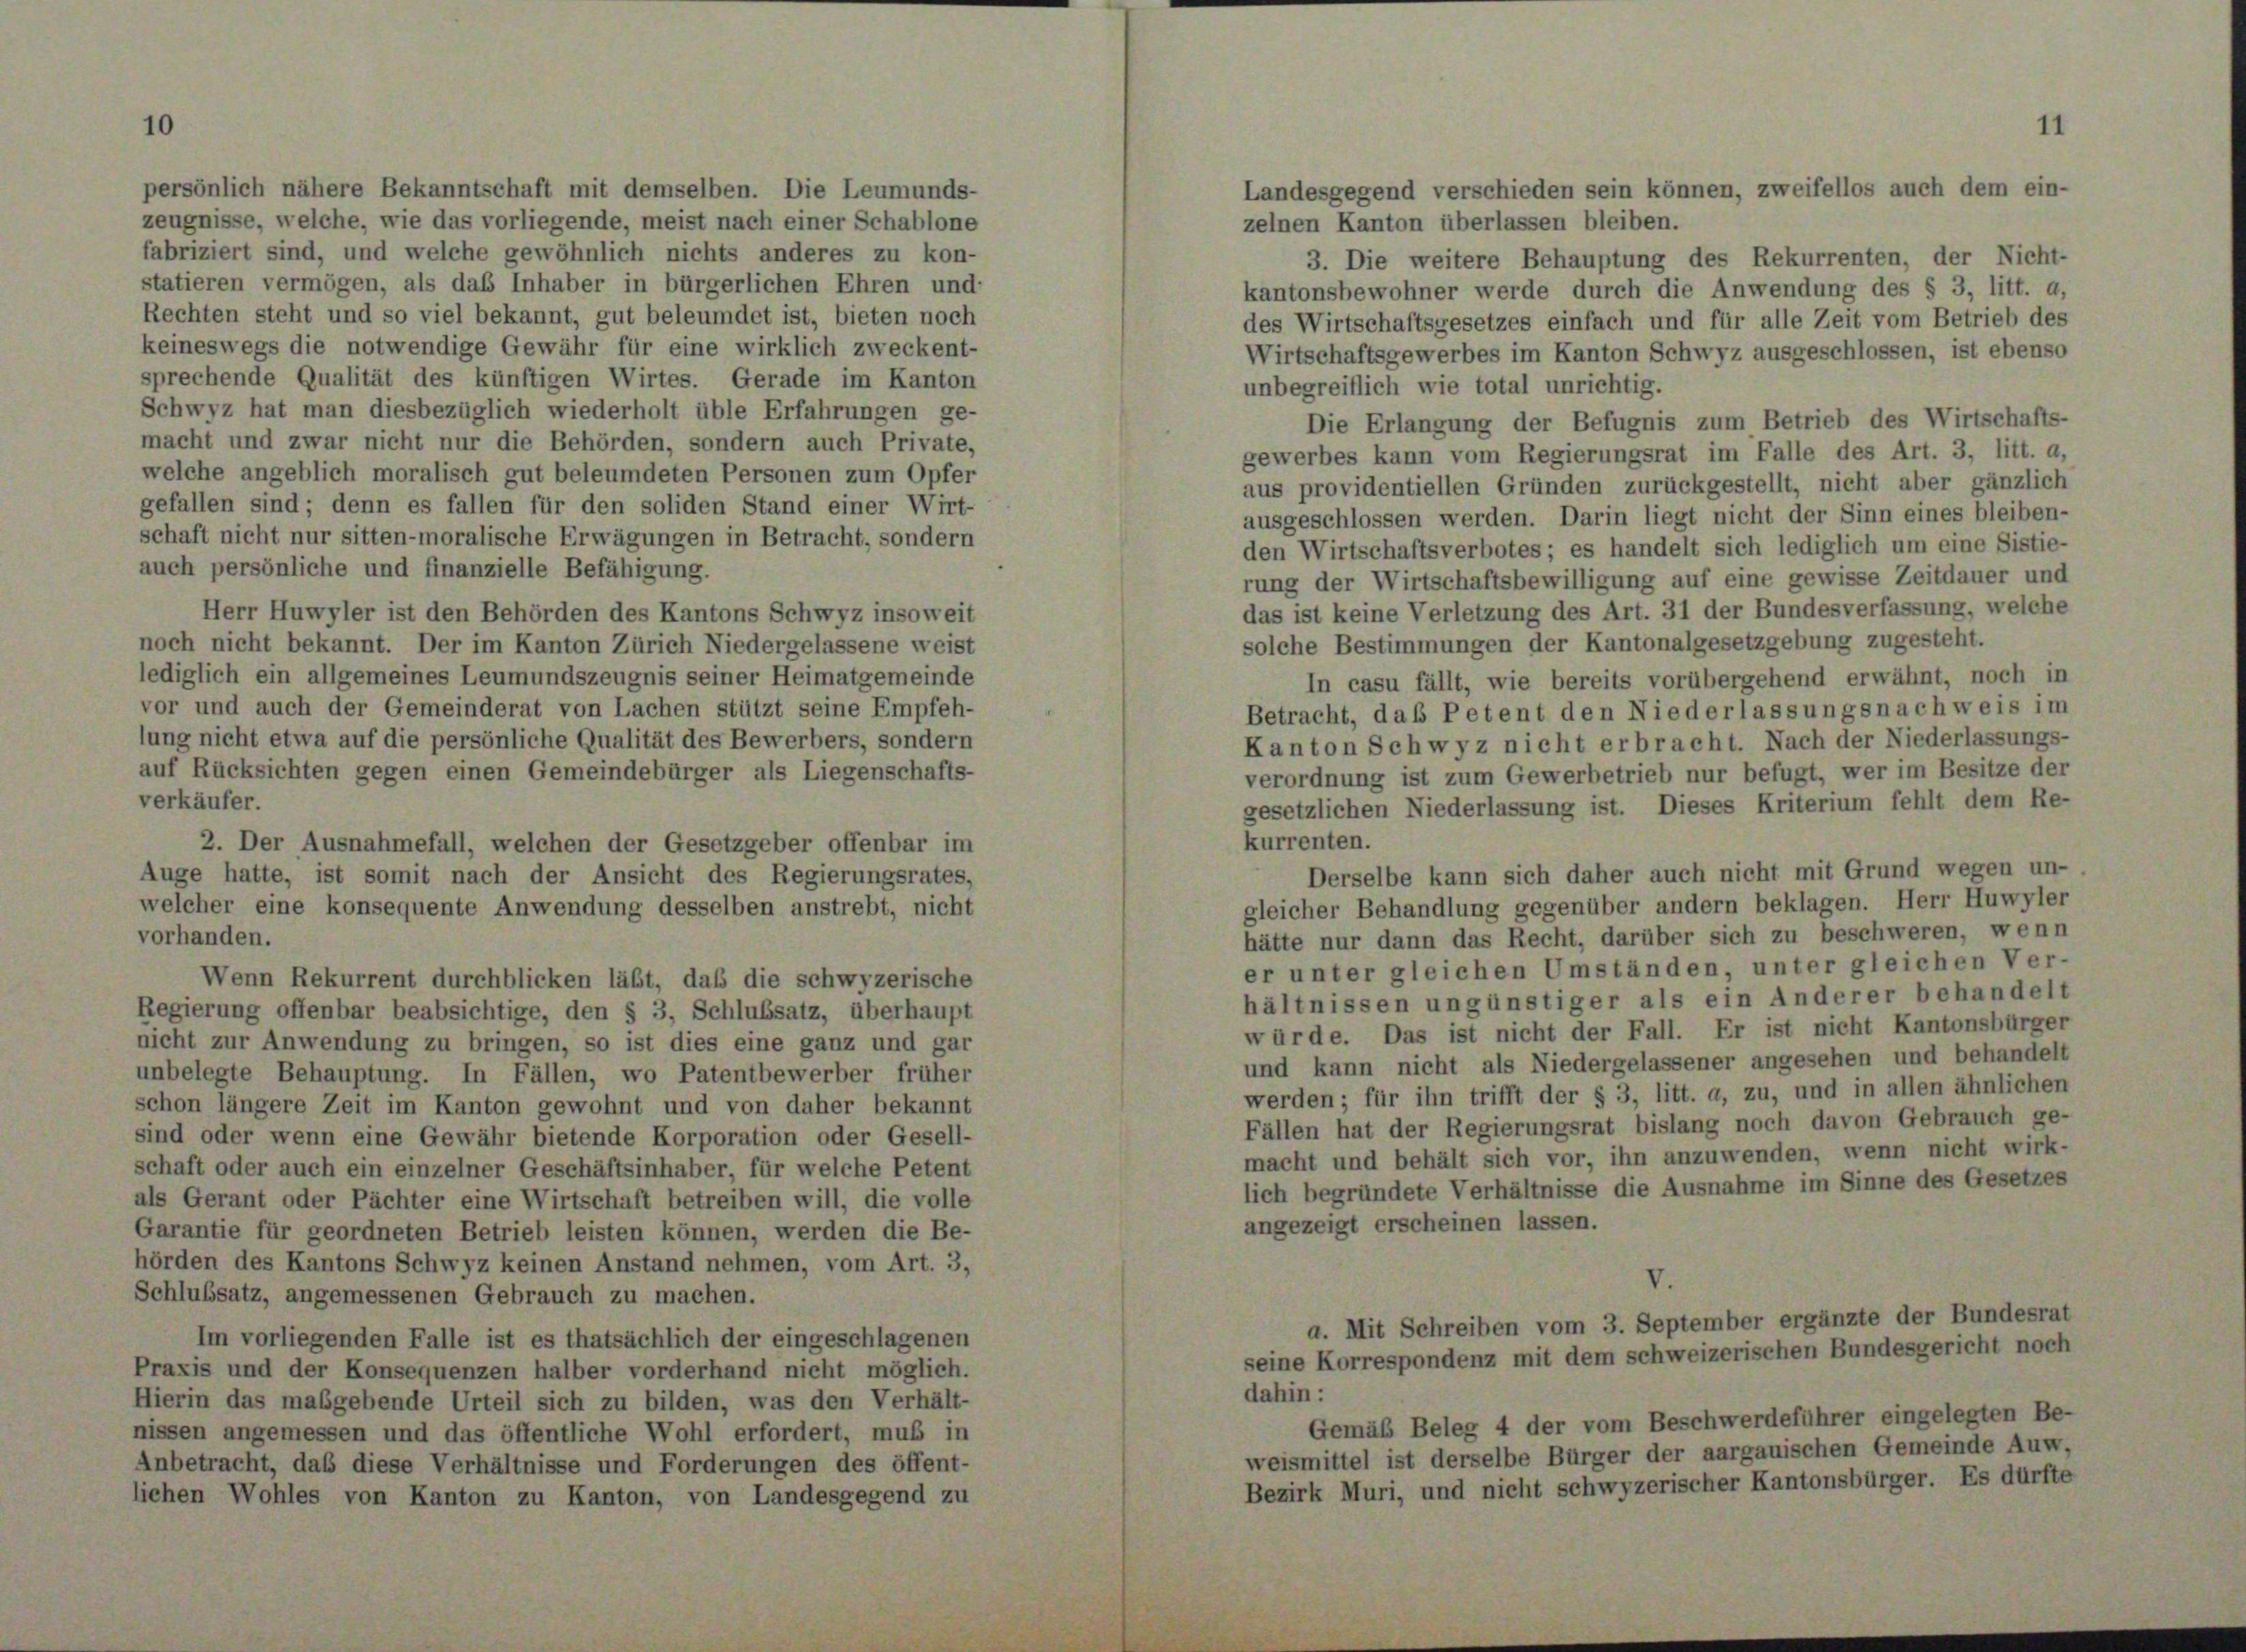
persönlich nähere Bekanntschaft mit demselben. Die Leumunds-
zeugnisse, welche, wie das vorliegende, meist nach einer Schablone
fabriziert sind, und welche gewöhnlich nichts anderes zu kon-
statieren vermögen, als das Inhaber in bürgerlichen Ehren und
Rechten steht und so viel bekannt, gut beleumdet ist, bieten noch
keineswegs die notwendige Gewähr für eine wirklich zweckent-
sprechende Qualität des künftigen Wirtes. Gerade im Kanton
Schwyz hat man diesbezüglich wiederholt üble Erfahrungen ge-
macht und zwar nicht nur die Behörden, sondern auch Private,
welche angeblich moralisch gut beleumdeten Personen zum Opfer
gefallen sind; denn es fallen für den soliden Stand einer Wirt-
schaft nicht nur sitten-moralische Erwägungen in Betracht, sondern
auch persönliche und finanzielle Befähigung.
Herr Huwyler ist den Behörden des Kantons Schwyz insoweit
noch nicht bekannt. Der im Kanton Zürich Niedergelassene weist
lediglich ein allgemeines Leumundszeugnis seiner Heimatgemeinde
vor und auch der Gemeinderat von Lachen stützt seine Empfeh-
lung nicht etwa auf die persönliche Qualität des Bewerbers, sondern
auf Rücksichten gegen einen Gemeindebürger als Liegenschafts-
verkäufer.
2. Der Ausnahmefall, welchen der Gesetzgeber offenbar im
Auge hatte, ist somit nach der Ansicht des Regierungsrates,
welcher eine konsequente Anwendung desselben anstrebt, nicht
vorhanden.
Wenn Rekurrent durchblicken läßt, daß die schwyzerische
Regierung offenbar beabsichtige, den § 3, Schlussatz, überhaupt
nicht zur Anwendung zu bringen, so ist dies eine ganz und gar
unbelegte Behauptung. In Fällen, wo Patentbewerber früher
schon längere Zeit im Kanton gewohnt und von daher bekannt
sind oder wenn eine Gewähr bietende Korporation oder Gesell-
schaft oder auch ein einzelner Geschäftsinhaber, für welche Petent
als Gerant oder Pächter eine Wirtschaft betreiben will, die volle
Garantie für geordneten Betrieb leisten können, werden die Be-
hörden des Kantons Schwyz keinen Anstand nehmen, vom Art. 3,
Schlußsatz, angemessenen Gebrauch zu machen.
Im vorliegenden Falle ist es thatsächlich der eingeschlagenen
Praxis und der Konsequenzen halber vorderhand nicht möglich.
Hierin das maßgebende Urteil sich zu bilden, was den Verhält-
nissen angemessen und das öffentliche Wohl erfordert, muß in
Anbetracht, daß diese Verhältnisse und Forderungen des öffent-
liehen Wohles von Kanton zu Kanton, von Landesgegend zu

zelnen Kanton überlassen bleiben.
3. Die weitere Behauptung des Rekurrenten, der Nicht-
kantonsbewohner werde durch die Anwendung des § 3, litt. a,
des Wirtschaftsgesetzes einfach und für alle Zeit vom Betrieb des
Wirtschaftsgewerbes im Kanton Schwyz ausgeschlossen, ist ebenso
unbegreiflich wie total unrichtig.
Die Erlangung der Befugnis zum Betrieb des Wirtschafts
gewerbes kann vom Regierungsrat im Falle des Art. 3, litt.
aus providentiellen Gründen zurückgestellt, nicht aber gänzlic
ausgeschlossen werden. Darin liegt nicht der Sinn eines bleiben
den Wirtschaftsverbotes; es handelt sich lediglich um eine Sistie
rung der Wirtschaftsbewilligung auf eine gewisse Zeitdauer und
das ist keine Verletzung des Art. 31 der Bundesverfassung, welch
solche Bestimmungen der Kantonalgesetzgebung zugesteht.
In casu fällt, wie bereits vorübergehend erwähnt, noch i
Betracht, daß Petent den Niederlassungsnachweis i
Kanton Schwyz nicht erbracht. Nach der Niederlassungs
verordnung ist zum Gewerbetrieb nur befugt, wer im Besitze de
gesetzlichen Niederlassung ist. Dieses Kriterium fehlt dem R
kurrenten.
Derselbe kann sich daher auch nicht mit Grund wegen un
gleicher Behandlung gegenüber andern beklagen. Herr Huwyle
hätte nur dann das Recht, darüber sich zu beschweren, wen
er unter gleichen Umständen, unter gleichen Ver
hältnissen ungünstiger als ein Anderer behandel
würde. Das ist nicht der Fall. Er ist nicht Kantonsbürg
und kann nicht als Niedergelassener angesehen und behande
werden; für ihn trifft der § 3, litt. a, zu, und in allen ähnliche
Fällen hat der Regierungsrat bislang noch davon Gebrauch ge
macht und behält sich vor, ihn anzuwenden, wenn nicht wirk
lich begründete Verhältnisse die Ausnahme im Sinne des Gesetze
angezeigt erscheinen lassen.
V.
a. Mit Schreiben vom 3. September ergänzte der Bundesr
seine Korrespondenz mit dem schweizerischen Bundesgericht noc
dahin:
Gemäß Beleg 4 der vom Beschwerdeführer eingelegten Be-
weismittel ist derselbe Bürger der aargauischen Gemeinde Auw,
Bezirk Muri, und nicht schwyzerischer Kantonsbürger. Es dürfte

Landesgegend verschieden sein können, zweifellos auch dem ein-